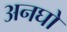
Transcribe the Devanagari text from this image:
अनघो